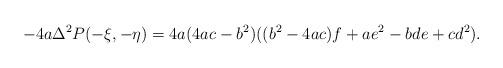
LaTeX: \begin{align*} -4a \Delta^{2} P(-\xi,-\eta) = 4a(4ac-b^{2})((b^{2}-4ac)f + ae^{2} - bde + cd^{2}).\end{align*}